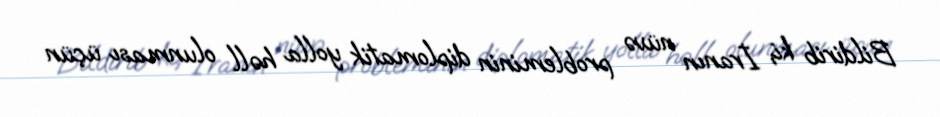
Bildirib ki, İranın nüvə probleminin diplomatik yolla həll olunması üçün